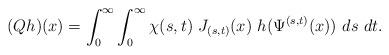
LaTeX: \begin{align*} (Qh)(x) = \int_0^{\infty} \int_0^{\infty} \chi(s,t) \ J_{(s,t)}(x) \ h(\Psi^{(s,t)}(x)) \ ds \ dt. \end{align*}